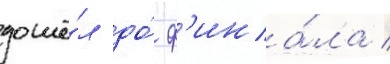
дошё́л до́ ф'ина́ла /